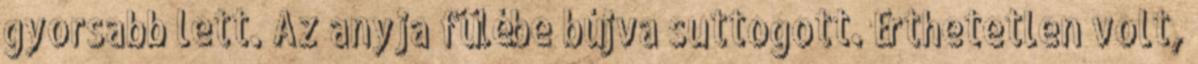
gyorsabb lett. Az anyja fülébe bújva suttogott. Érthetetlen volt,